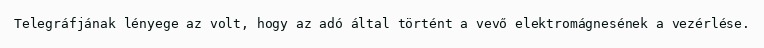
Telegráfjának lényege az volt, hogy az adó által történt a vevő elektromágnesének a vezérlése.